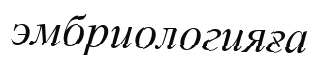
эмбриологияға